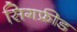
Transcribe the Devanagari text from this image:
सिगफ्रीड